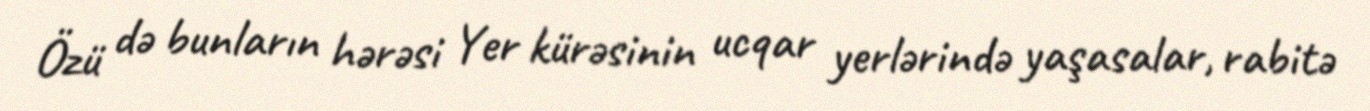
Özü də bunların hərəsi Yer kürəsinin ucqar yerlərində yaşasalar, rabitə